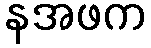
နအဖက